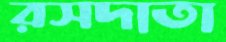
রসদাতা